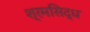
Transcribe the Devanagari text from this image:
श्रमसिद्ध